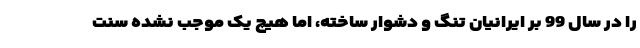
را در سال 99 بر ایرانیان تنگ و دشوار ساخته، اما هیچ یک موجب نشده سنت